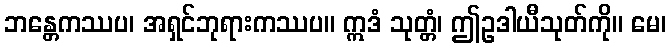
ဘန္တေကဿပ၊ အရှင်ဘုရားကဿပ။ ဣဒံ သုတ္တံ၊ ဤဥဒါယီသုတ်ကို။ မေ၊